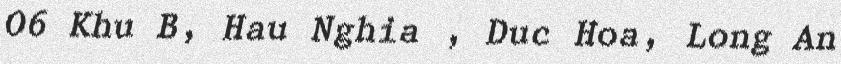
O6 Khu B, Hau Nghia , Duc Hoa, Long An